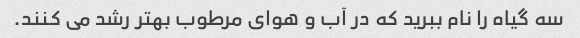
سه گیاه را نام ببرید که در آب و هوای مرطوب بهتر رشد می کنند.